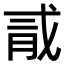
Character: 𪱞